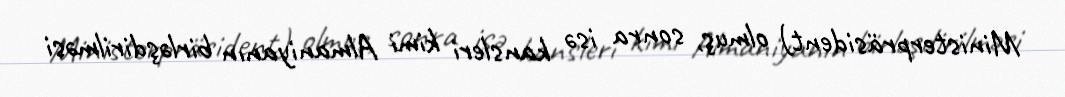
Ministerpräsident) olmuş, sonra isə kansleri kimi Almaniyanın birləşdirilməsi